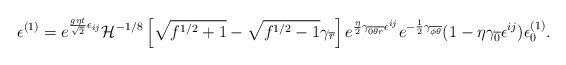
\begin{align*}\epsilon^{(1)}=e^{{g\eta t\over\sqrt{2}}\epsilon_{ij}}{\cal H}^{-1/8}\left[\sqrt{f^{1/2}+1}-\sqrt{f^{1/2}-1} \gamma_{\overline{r}}\right]e^{{\eta\over2} \gamma_{\overline{0\theta r}}\epsilon^{ij}}e^{-{1\over2}\gamma_{\overline{\phi\theta}}}(1-\eta\gamma_{\overline{0}}\epsilon^{ij})\epsilon_0^{(1)}.\end{align*}